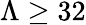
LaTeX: \Lambda\geq 32